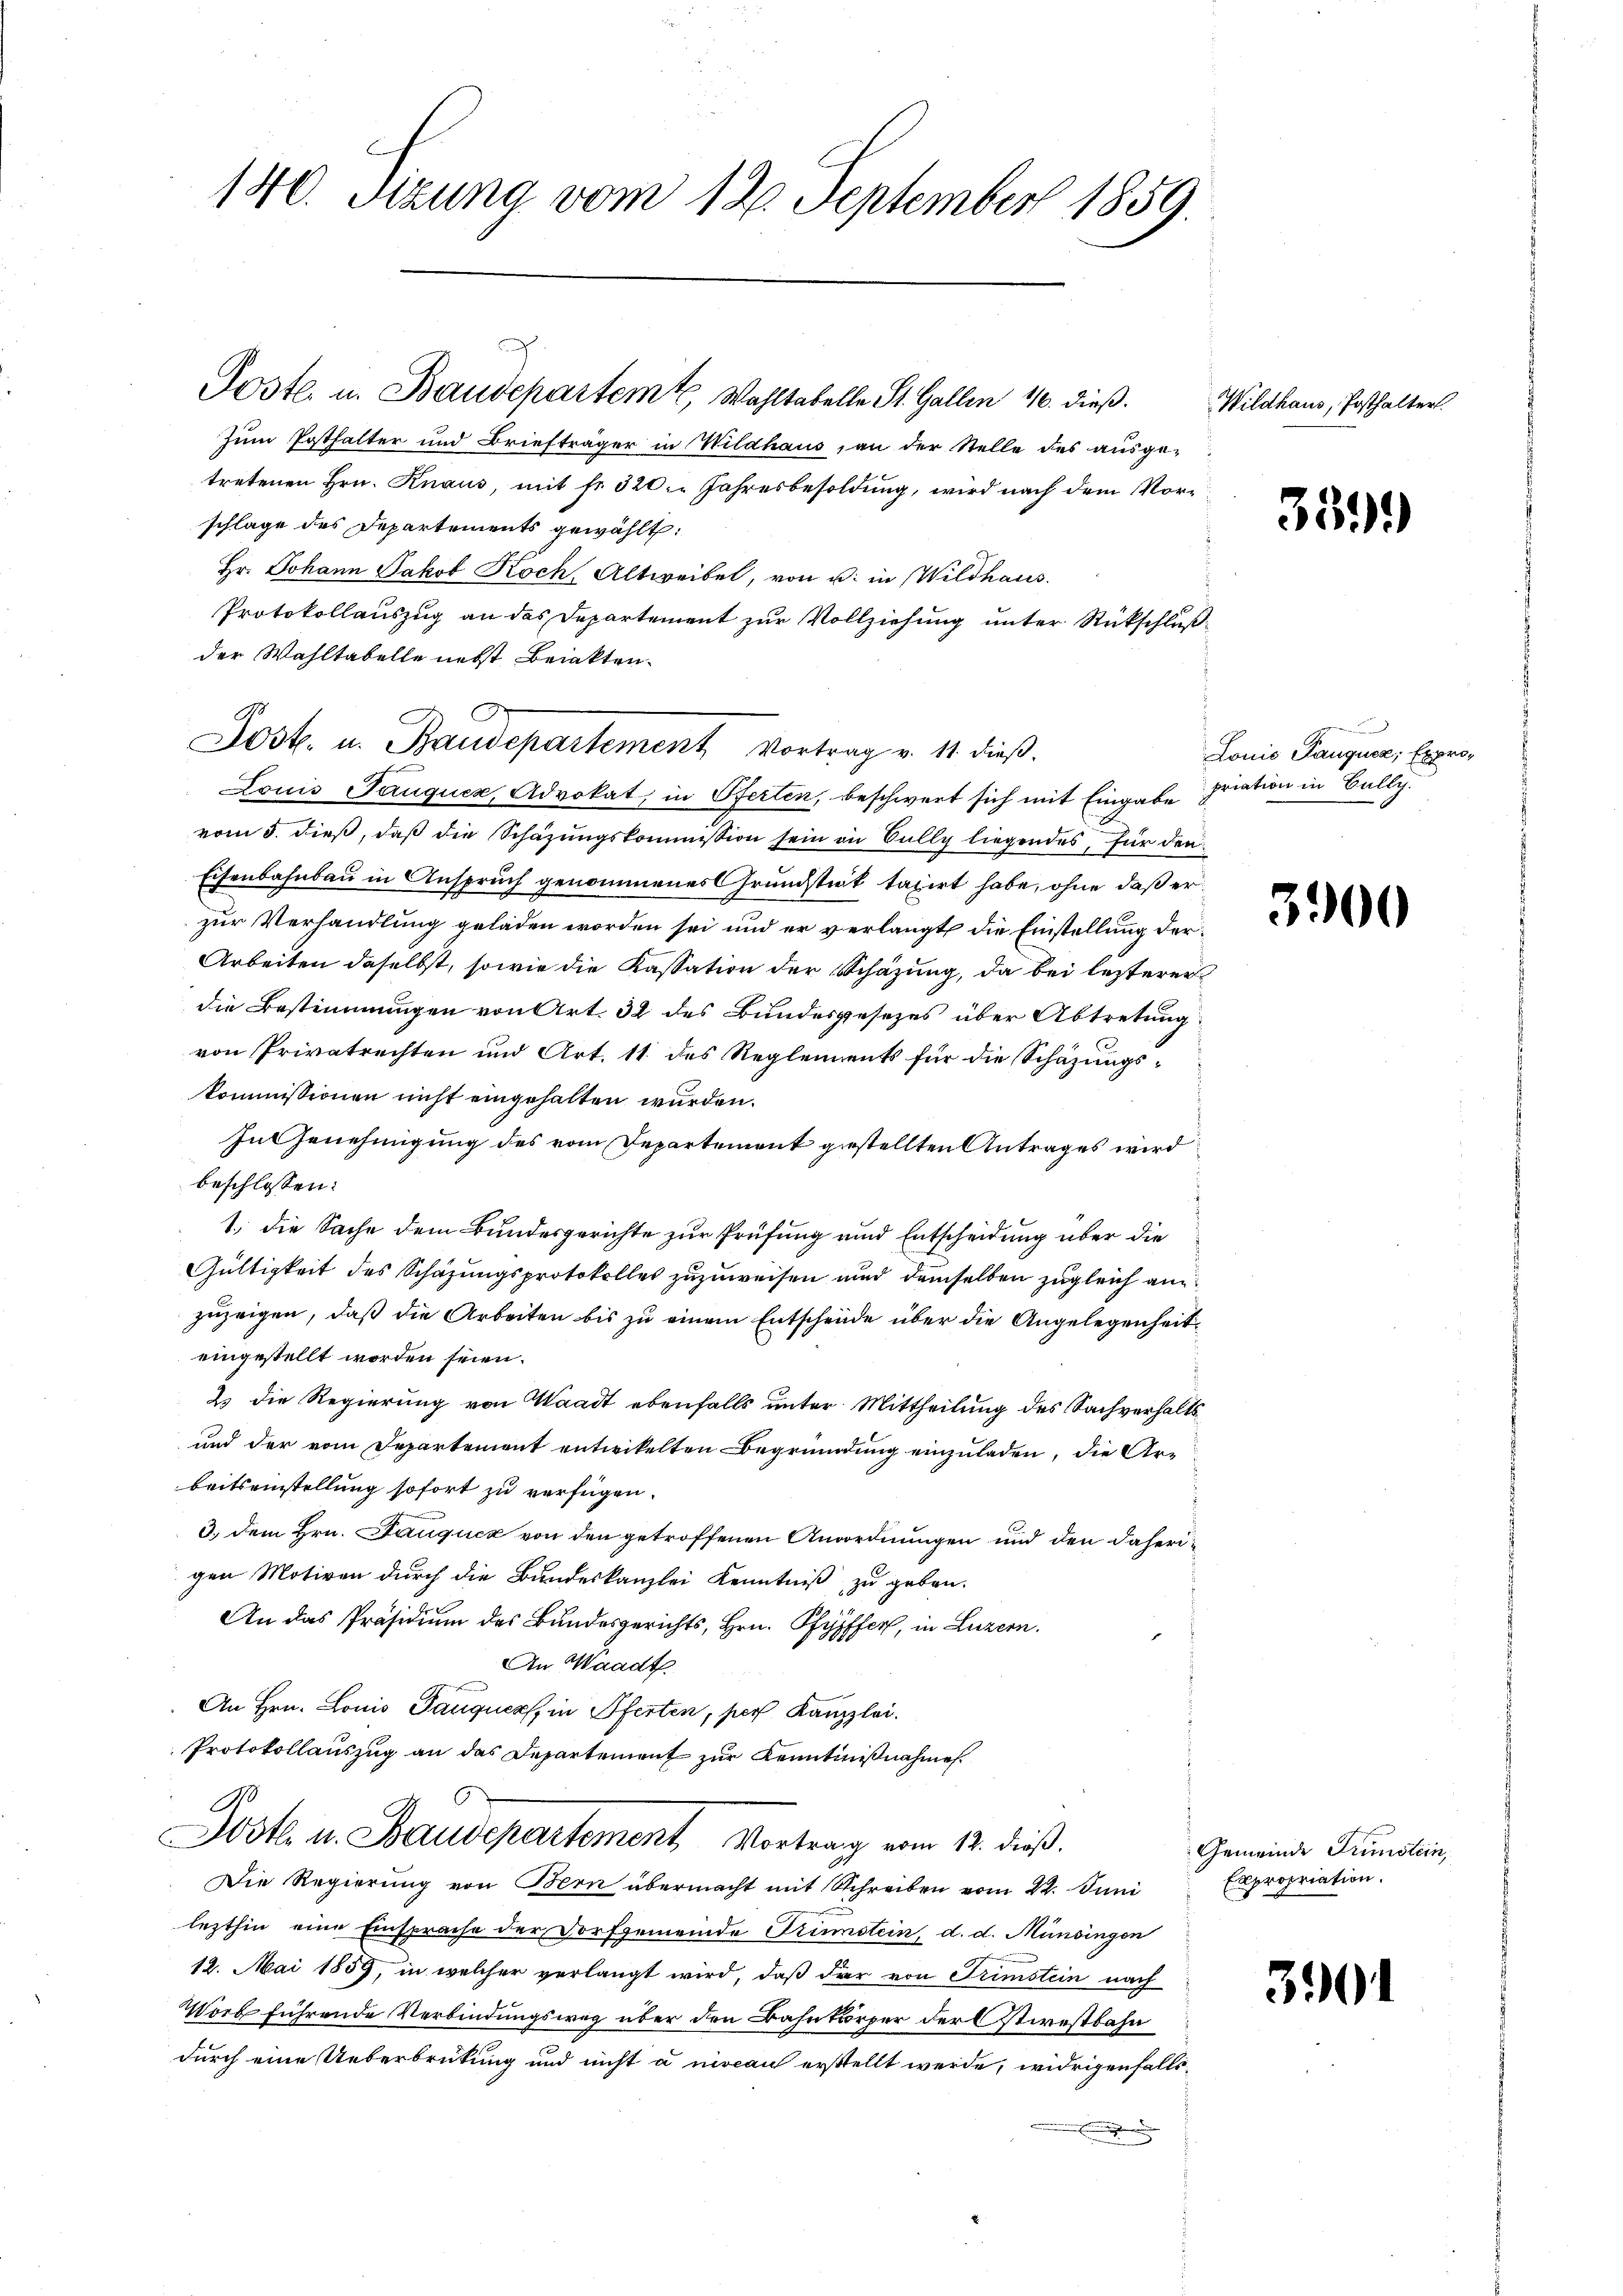
140. Sizung vom 12. September 1859.

Zum Posthalter und Briefträger in Wildhaus, an der Stelle des ausge-
tretenen Hrn. Knaus, mit fr. 320. Jahresbesoldung, wird nach dem Vorschlage des Departements gewählt:
Hr. Johann Jakob Koch, Altweibel, von u. in Wildhaus.
Protokollauszug an das Departement zur Vollziehung unter Rückschlußder Wahltabelle nebst Briakten.

Poste. u. Baudepartem Wahltabelle St. Gallen 10. dieß.

Jost. u. Baudepartement Vortrag v. 11. dieβ.

Louis Pauquer, Advokat, in Pferten, beschwert sich mit Eingabe pration in Bally.
vom 3. dieß, daß die Schazungskommission sein an Sully liegendes, für den
Eisenbahnbau in Anspruch genommenes Grundstick taxirt habe, ohne daß er
zur Verhandlung geladen worden sei und er verlangt die Einstellung der¬
Arbeiten daselbst, sowie die Kassation der Schazung, da bei lezterer
die Bestimmungen von Art. 32 des Bundesgesezes über Abtretung
von Privatrechten und Art. 11 des Reglements für die Schazungskommissionen nicht eingehalten wurden.
Ingenehmigung des vom Departement gestellten Antrages wird
beschlossen:
1., die Sache dem Bundesgerichte zur Prüfung und Entscheidung über die
Gültigkeit des Schazungsprotokolles zuzuweisen und demselben zugleich an
zuzeigen, daß die Arbeiten bis zu einem Entscheide über die Angelegenheiteingestellt worden seien.
23 die Regierung von Waadt ebenfalls unter Mittheilung des Sachverhalts¬
und der vom Departement entwickelten Begründung einzuladen, die Arbeitseinstellung sofort zu verfügen.
3. dem Hrn. Jauquez von den getroffenen Anordnungen und den daherigen Motiven durch die Bundeskanzlei Kenntniß zu geben.
An das Präsidium des Bundesgerichts, Hrn. Pfyffer, in Luzern.
An Waadt
An Hrn. Louis Fauques, in Pferten, per Kanzlei.
Protokollauszug an das Departement zur Kenntnißnahmen.
1
Wok. u. Baudepartement Vortrag vom 12. dieß.
Die Regierung von Bern übermacht mit Schreiben vom 22. Juni
lezthin eine Einsprache der Dorfgemende Krinstein, d. d. Münsingen
12. Mai 1859, in welcher verlangt wird, daß der von Trimstein nach
Worb führende Verbindungsweg über den Bahnkörper der Stirnstbahn
durch eine Ueberbrückung und nicht a niveau erstellt werde, widrigenfalls¬
.

Wildhaus, Posthalter.

359

Lonić Pauquez, Expro¬

3900

Gemeinde Fristein,
Expropriation.

3901